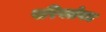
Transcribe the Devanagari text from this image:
परिवर्तन४